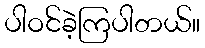
ပါဝင်ခဲ့ကြပါတယ်။